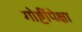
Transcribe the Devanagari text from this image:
गोष्टींपेक्षा